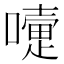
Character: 𡁲